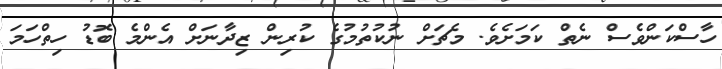
ހާސްކަންވެސް ނެތް ކަމަށެވެ. މެޗަށް ނުކުތުމުގެ ކުރިން ޒިދާނަށް އެންމެ ބޮޑު ހިތްހަމަ